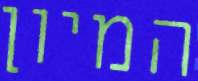
המיון